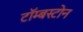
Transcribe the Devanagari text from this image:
टॉम्बस्टोन